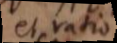
et ratio